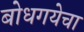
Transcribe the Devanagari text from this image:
बोधगयेचा